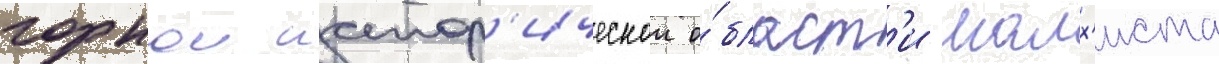
горнои истор'ическои о́бласт'и малх'иста